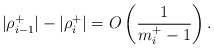
\begin{align*}|\rho^+_{i-1}|-|\rho^+_i|= O\left(\frac{1}{m_i^+-1}\right).\end{align*}